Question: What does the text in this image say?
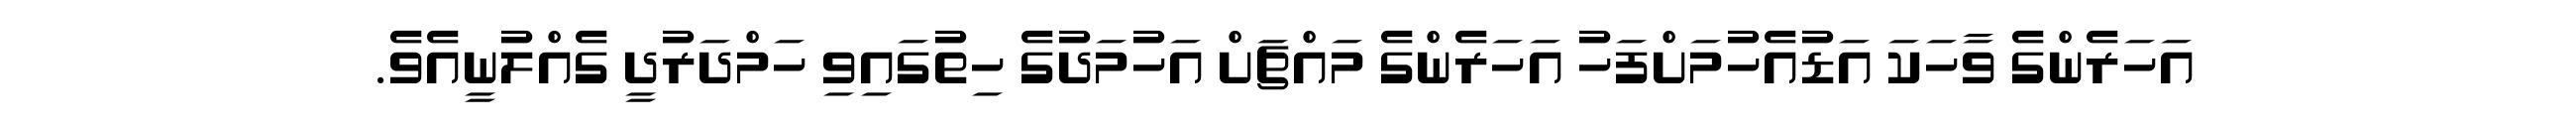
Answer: އަހަރެންގެ ވާހަކަ އަޑުއެހުމަށްފަހު އަހަރެންގެ މައްޗަށް އަހުމަދުގެ ހިތުގައިވި ހަމްދަރުދީ ގެއްލުނީއެވެ.